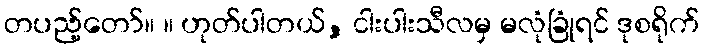
တပည့်တော်။ ။ ဟုတ်ပါတယ်, ငါးပါးသီလမှ မလုံခြုံရင် ဒုစရိုက်